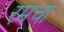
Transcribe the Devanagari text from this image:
रमचा